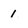
Character: 1